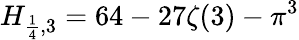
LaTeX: H_{{\frac{1}{4}},3}=64-27\zeta(3)-\pi^{3}